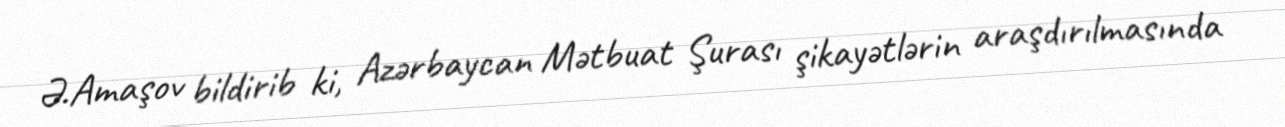
Ə.Amaşov bildirib ki, Azərbaycan Mətbuat Şurası şikayətlərin araşdırılmasında